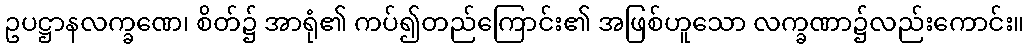
ဥပဋ္ဌာနလက္ခဏေ၊ စိတ်၌ အာရုံ၏ ကပ်၍တည်ကြောင်း၏ အဖြစ်ဟူသော လက္ခဏာ၌လည်းကောင်း။